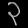
Digit: ၃